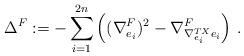
LaTeX: \begin{align*}\Delta^F:=-\sum_{i=1}^{2n} \left ((\nabla^F_{e_i})^2-\nabla^F_{ \nabla ^{TX}_{e_i}e_i}\right )\,.\end{align*}